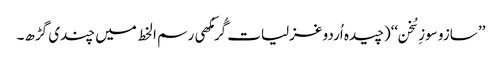
’’ سازو سوزِ سُخن‘‘(چیدہ اُردو غزلیات گُرمُکھی رسم ا لخط میں چندی گڑھ۔